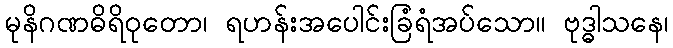
မုနိဂဏဓိရိဝုတော၊ ရဟန်းအပေါင်းခြံရံအပ်သော။ ဗုဒ္ဓါသနေ၊